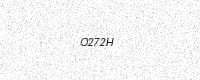
Text: O272H